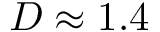
D \approx 1 . 4